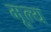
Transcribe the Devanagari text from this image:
मू्ल्य